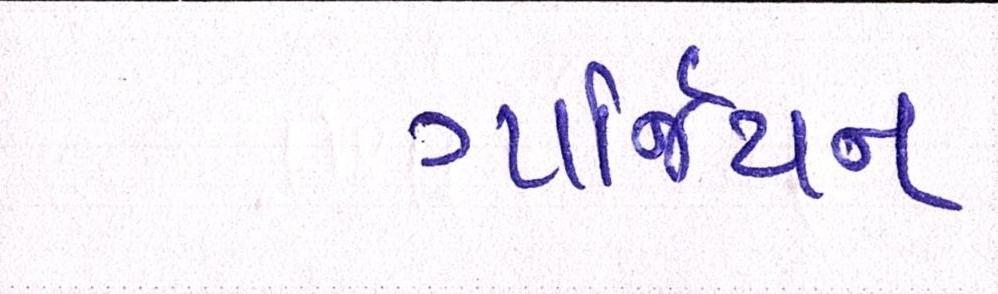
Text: ગાર્જિયન